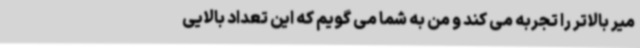
میر بالاتر را تجربه می کند و من به شما می گویم که این تعداد بالایی